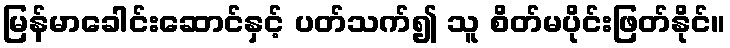
မြန်မာခေါင်းဆောင်နှင့် ပတ်သက်၍ သူ စိတ်မပိုင်းဖြတ်နိုင်။